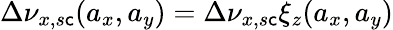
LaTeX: \Delta\nu_{x,s\mathsf{c}}(a_{x},a_{y})=\Delta\nu_{x,s\mathsf{c}}\xi_{z}(a_{x},a_{y})